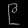
Digit: ၉